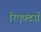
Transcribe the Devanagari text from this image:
रिएक्टर्स